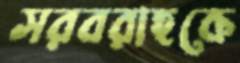
সরবরাহকে